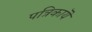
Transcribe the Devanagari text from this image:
पत्रिकायॆं